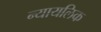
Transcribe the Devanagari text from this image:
न्यायलिक